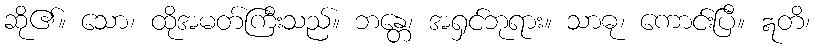
ဆို၏။ သော၊ ထိုအမတ်ကြီးသည်။ ဘန္တေ၊ အရှင်ဘုရား။ သာဓု၊ ကောင်းပြီ။ ဣတိ၊